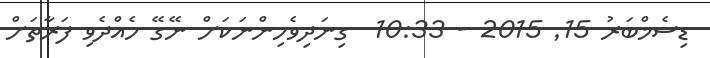
ޑިސެމްބަރު 15